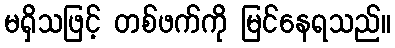
မရှိသဖြင့် တစ်ဖက်ကို မြင်နေရသည်။